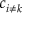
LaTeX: c _ { i \neq k }